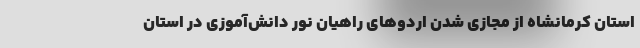
استان کرمانشاه از مجازی شدن اردوهای راهیان نور دانش‌آموزی در استان